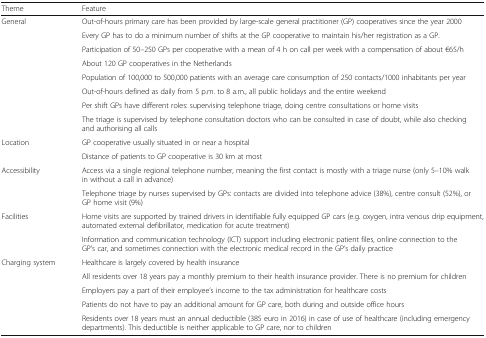
| Theme | Feature |
 | --- | --- |
 | <ROWSPAN=8> General | Out-of-hours primary care has been provided by large-scale general practitioner (GP) cooperatives since the year 2000 |
 | Every GP has to do a minimum number of shifts at the GP cooperative to maintain his/her registration as a GP. |
 | Participation of 50–250 GPs per cooperative with a mean of 4 h on call per week with a compensation of about €65/h |
 | About 120 GP cooperatives in the Netherlands |
 | Population of 100,000 to 500,000 patients with an average care consumption of 250 contacts/1000 inhabitants per year |
 | Out-of-hours defined as daily from 5 p.m. to 8 a.m., all public holidays and the entire weekend |
 | Per shift GPs have different roles: supervising telephone triage, doing centre consultations or home visits |
 | The triage is supervised by telephone consultation doctors who can be consulted in case of doubt, while also checking and authorising all calls |
 | <ROWSPAN=2> Location | GP cooperative usually situated in or near a hospital |
 | Distance of patients to GP cooperative is 30 km at most |
 | <ROWSPAN=2> Accessibility | Access via a single regional telephone number, meaning the first contact is mostly with a triage nurse (only 5–10% walk in without a call in advance) |
 | Telephone triage by nurses supervised by GPs: contacts are divided into telephone advice (38%), centre consult (52%), or GP home visit (9%) |
 | <ROWSPAN=2> Facilities | Home visits are supported by trained drivers in identifiable fully equipped GP cars (e.g. oxygen, intra venous drip equipment, automated external defibrillator, medication for acute treatment) |
 | Information and communication technology (ICT) support including electronic patient files, online connection to the GP’s car, and sometimes connection with the electronic medical record in the GP’s daily practice |
 | <ROWSPAN=5> Charging system | Healthcare is largely covered by health insurance |
 | All residents over 18 years pay a monthly premium to their health insurance provider. There is no premium for children |
 | Employers pay a part of their employee’s income to the tax administration for healthcare costs |
 | Patients do not have to pay an additional amount for GP care, both during and outside office hours |
 | Residents over 18 years must an annual deductible (385 euro in 2016) in case of use of healthcare (including emergency departments). This deductible is neither applicable to GP care, nor to children |